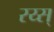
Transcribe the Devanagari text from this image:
रय्स्